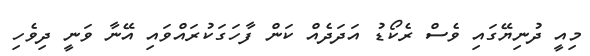
މިއީ ދުނިޔޭގައި ވެސް ރެކޯޑު އަދަދެއް ކަން ފާހަގަކުރައްވައި އޭނާ ވަނީ ދިވެހި